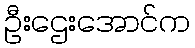
ဦးဌေးအောင်က